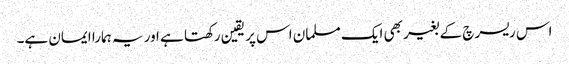
اس ریسرچ کے بغیر بھی ایک مسلمان ‌اس پر یقین رکھتا ہے اور یہ ہمارا ایمان ہے۔